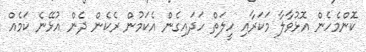
ކޮންމެހެން އޮޅުވާލާ މަކަރާއި ހީލަތް ހަދައިގެން އެކަމުން ރެކެން ދެން އުޅޭނެ ކަމެއް